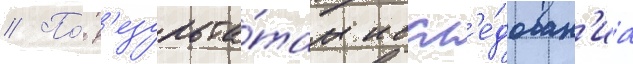
// По́ р'езульта́там иссл'е́дован'иа